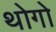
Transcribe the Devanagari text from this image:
थोगो